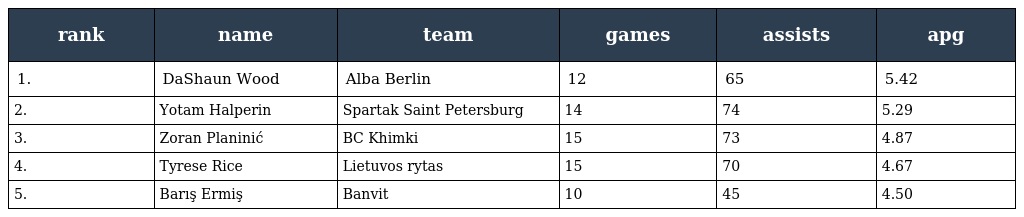
| rank | name | team | games | assists | apg |
 | --- | --- | --- | --- | --- | --- |
 | 1. | DaShaun Wood | Alba Berlin | 12 | 65 | 5.42 |
 | 2. | Yotam Halperin | Spartak Saint Petersburg | 14 | 74 | 5.29 |
 | 3. | Zoran Planinić | BC Khimki | 15 | 73 | 4.87 |
 | 4. | Tyrese Rice | Lietuvos rytas | 15 | 70 | 4.67 |
 | 5. | Barış Ermiş | Banvit | 10 | 45 | 4.50 |